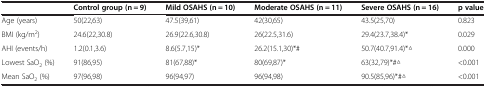
|  | Control group (n = 9) | Mild OSAHS (n = 10) | Moderate OSAHS (n = 11) | Severe OSAHS (n = 16) | p value |
 | --- | --- | --- | --- | --- | --- |
 | Age (years) | 50(22,63) | 47.5(39,61) | 42(30,65) | 43.5(25,70) | 0.823 |
 | BMI (kg/m2) | 24.6(22,30.8) | 26.9(22.6,30.8) | 26(22.5,31.6) | 29.4(23.7,38.4)* | 0.029 |
 | AHI (events/h) | 1.2(0.1,3.6) | 8.6(5.7,15)* | 26.2(15.1,30)*# | 50.7(40.7,91.4)*△ | 0.000 |
 | Lowest SaO2 (%) | 91(86,95) | 81(67,88)* | 80(69,87)* | 63(32,79)*#△ | <0.001 |
 | Mean SaO2 (%) | 97(96,98) | 96(94,97) | 96(94,98) | 90.5(85,96)*#△ | <0.001 |